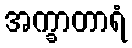
အက္ခာတာရံ